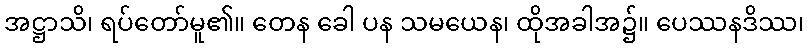
အဋ္ဌာသိ၊ ရပ်တော်မူ၏။ တေန ခေါ ပန သမယေန၊ ထိုအခါအ၌။ ပေဿနဒိဿ၊